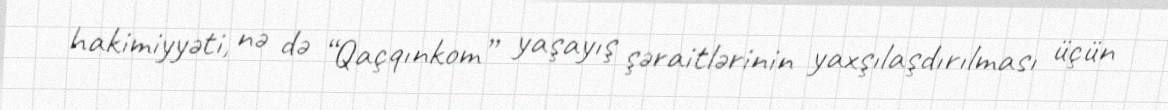
hakimiyyəti, nə də “Qaçqınkom” yaşayış şəraitlərinin yaxşılaşdırılması üçün